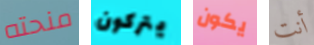
منحته يتركون يكون أنت